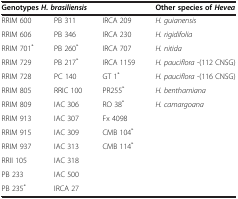
<table><thead><tr><td colspan="3"><b>Genotypes<i>H. brasiliensis</i></b></td><td><b>Other species of <i>Hevea</i></b></td></tr></thead><tbody><tr><td>RRIM 600</td><td>PB 311</td><td>IRCA 209</td><td><i>H. guianensis</i></td></tr><tr><td>RRIM 606</td><td>PB 346</td><td>IRCA 230</td><td><i>H. rigidifolia</i></td></tr><tr><td>RRIM 701<sup>*</sup></td><td>PB 260<sup>*</sup></td><td>IRCA 707</td><td><i>H. nitida</i></td></tr><tr><td>RRIM 729</td><td>PB 217<sup>*</sup></td><td>IRCA 1159</td><td><i>H. pauciflora</i> -(112 CNSG)</td></tr><tr><td>RRIM 728</td><td>PC 140</td><td>GT 1<sup>*</sup></td><td><i>H. pauciflora</i> -(116 CNSG)</td></tr><tr><td>RRIM 805</td><td>RRIC 100</td><td>PR255<sup>*</sup></td><td><i>H. benthamiana</i></td></tr><tr><td>RRIM 809</td><td>IAC 306</td><td>RO 38<sup>*</sup></td><td><i>H. camargoana</i></td></tr><tr><td>RRIM 913</td><td>IAC 307</td><td>Fx 4098</td><td> </td></tr><tr><td>RRIM 915</td><td>IAC 309</td><td>CMB 104<sup>*</sup></td><td> </td></tr><tr><td>RRIM 937</td><td>IAC 313</td><td>CMB 114<sup>*</sup></td><td> </td></tr><tr><td>RRII 105</td><td>IAC 318</td><td> </td><td> </td></tr><tr><td>PB 233</td><td>IAC 500</td><td> </td><td> </td></tr><tr><td>PB 235<sup>*</sup></td><td>IRCA 27</td><td> </td><td> </td></tr></tbody></table>